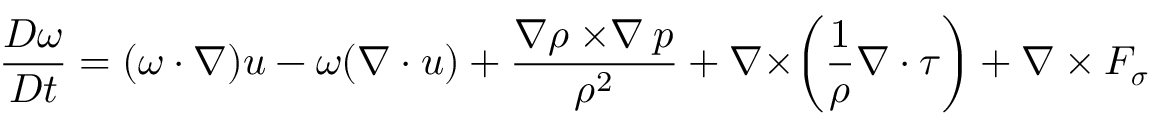
\frac { D \boldsymbol { \omega } } { D t } = ( \boldsymbol { \omega \cdot \nabla } ) \boldsymbol { u } - \boldsymbol { \omega } ( \boldsymbol { \nabla \cdot u } ) + \frac { \boldsymbol { \nabla } \rho \boldsymbol { \times \nabla } p } { \rho ^ { 2 } } + \boldsymbol { \nabla \times } \bigg ( \frac { 1 } { \rho } \boldsymbol { \nabla \cdot \tau } \bigg ) + \boldsymbol { \nabla \times F _ { \sigma } }